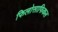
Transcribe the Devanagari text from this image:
फिलोसाफिकल